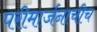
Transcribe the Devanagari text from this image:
परीमार्जनाचीच